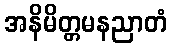
အနိမိတ္တမနညာတံ